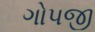
ગોપજી